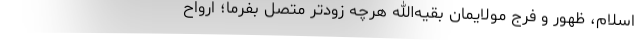
اسلام، ظهور و فرج مولایمان بقیه‌الله هرچه زودتر متصل بفرما؛ ارواح